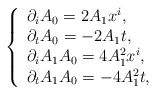
\begin{align*} \left\{ \begin{array}{ll} \partial_i A_0=2A_1x^i,\\\partial_t A_0=-2A_1t,\\\partial_i A_1A_0=4A_1^2x^i,\\\partial_t A_1A_0=-4A_1^2t, \end{array} \right. \end{align*}